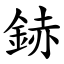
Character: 䤲